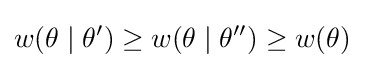
w(\theta \mid \theta ')\geq w(\theta \mid \theta '')\geq w(\theta )